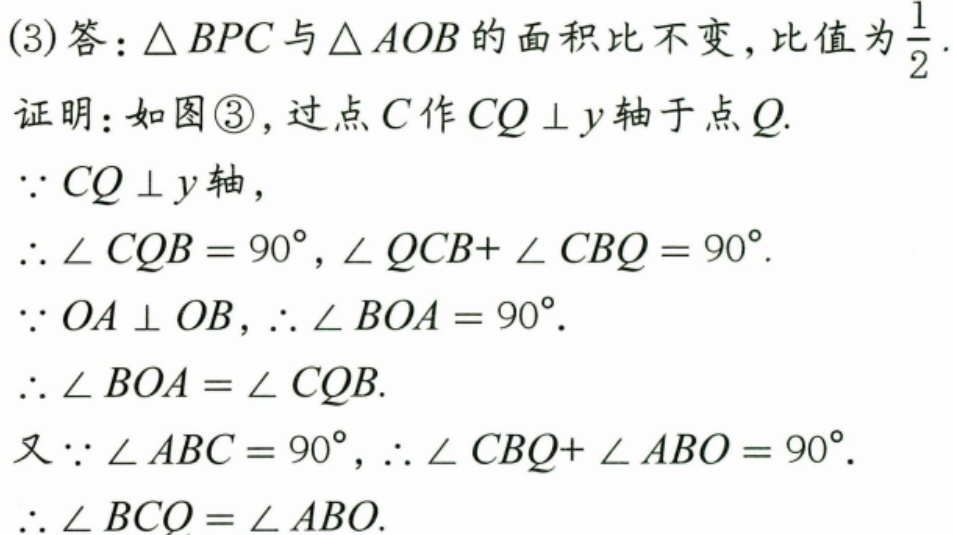
(3)答：\(\triangle BPC\)与\(\triangle AOB\)的面积比不变，比值为\(\frac{1}{2}\).
证明：如图\textcircled{3}，过点\(C\)作\(CQ \perp y\)轴于点\(Q\).
\(\because CQ \perp y\)轴，
\(\therefore \angle CQB = 90^{\circ}\)，\(\angle QCB + \angle CBQ = 90^{\circ}\).
\(\because OA \perp OB\)，\(\therefore \angle BOA = 90^{\circ}\).
\(\therefore \angle BOA = \angle CQB\).
又\(\because \angle ABC = 90^{\circ}\)，\(\therefore \angle CBQ + \angle ABO = 90^{\circ}\).
\(\therefore \angle BCO = \angle ABO\).